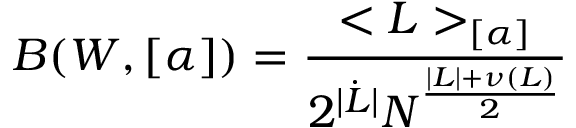
B ( W , [ \alpha ] ) = \frac { < { \cal L } > _ { [ \alpha ] } } { 2 ^ { | \dot { L } | } N ^ { \frac { | { \cal L } | + \nu ( { \cal L } ) } { 2 } } }